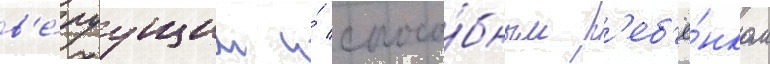
в'е́руущим и́ спосо́бным р'еб'ё́нком